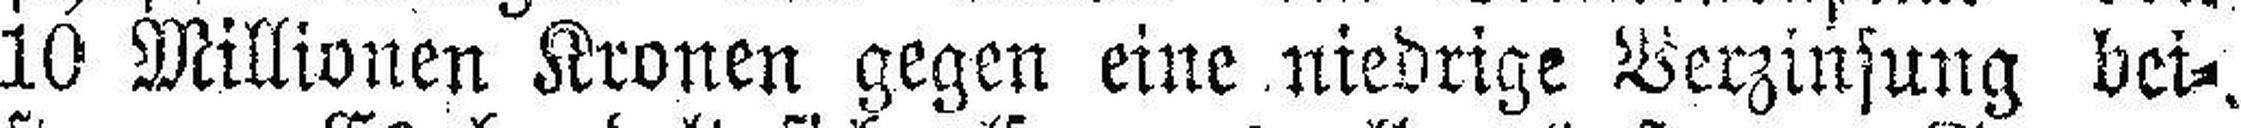
10 Millionen Kronen gegen eine niedrige Verzinsung bei¬